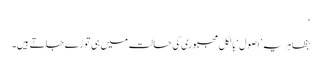
‘
بظاہر یہ ’اصول‘ بالکل مجبوری کی حالت میں ہی توڑے جاتے ہیں۔